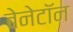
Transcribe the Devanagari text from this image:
बेनेटॉन